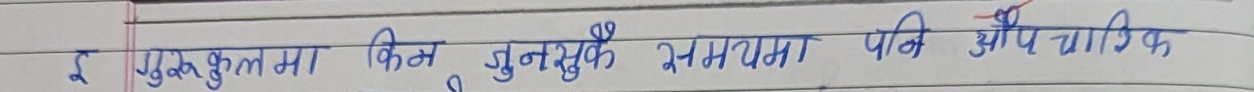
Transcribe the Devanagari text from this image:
र पुरुषुत्तममा किन जुनसुकै मनयमा पनि औपि चागिक